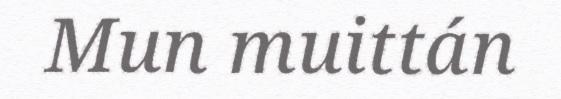
Mun muittán